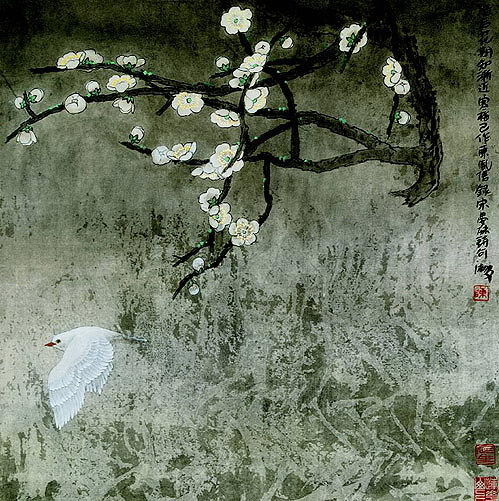
芳树无人花自落，春山一路鸟空啼。